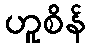
ဟူစိန်